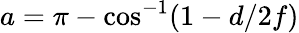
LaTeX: a=\pi-\cos^{-1}(1-d/2f)